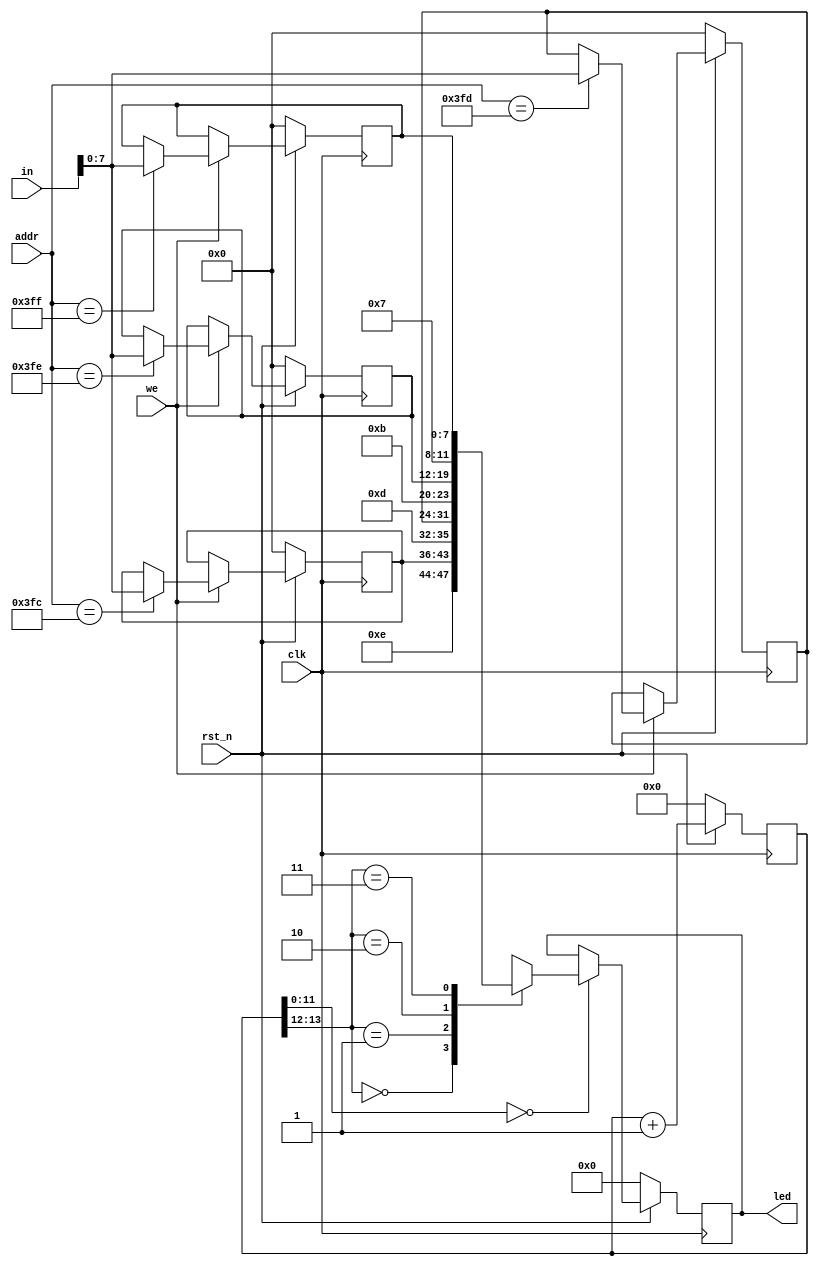
module led(
    input wire clk,
    input wire rst_n,
    input wire we,
    input wire [15:0] in,
    input wire [15:0] addr,
    output reg [11:0] led
);
    wire addr_l = addr[9:0];
    reg [7:0] mem [3:0];
    reg [13:0] cnt;

    always @(posedge clk) begin
        if (!rst_n) begin
            mem[0] <= 8'b0;
            mem[1] <= 8'b0;
            mem[2] <= 8'b0;
            mem[3] <= 8'b0;
            cnt <= 14'b0;
            led <= 12'b0;
        end else begin
            cnt <= cnt+1;
            if(we) begin
                case(addr)
                    10'h3fc:mem[0]<=in[7:0];
                    10'h3fd:mem[1]<=in[7:0];
                    10'h3fe:mem[2]<=in[7:0];
                    10'h3ff:mem[3]<=in[7:0];
                endcase
            end
            if (!cnt[11:0]) begin
                case (cnt[13:12])
                    2'b00 : led <= {4'b1110, mem[0]};
                    2'b01 : led <= {4'b1101, mem[1]};
                    2'b10 : led <= {4'b1011, mem[2]};
                    2'b11 : led <= {4'b0111, mem[3]};
                endcase
            end
        end
    end
endmodule